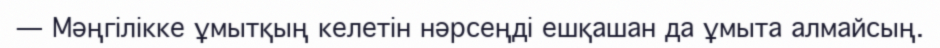
— Мәңгілікке ұмытқың келетін нәрсеңді ешқашан да ұмыта алмайсың.